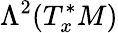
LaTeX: \Lambda^{2}(T_{x}^{*}M)